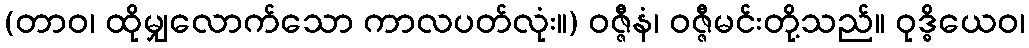
(တာဝ၊ ထိုမျှလောက်သော ကာလပတ်လုံး။) ဝဇ္ဇီနံ၊ ဝဇ္ဇီမင်းတို့သည်။ ဝုဒ္ဓိယေဝ၊